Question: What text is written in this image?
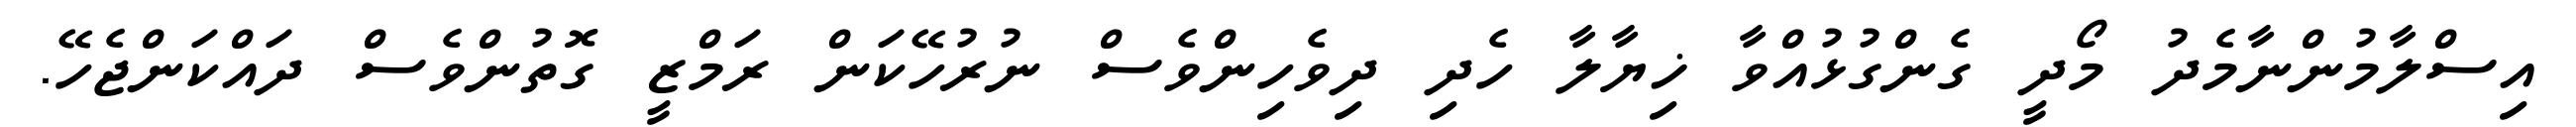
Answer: އިސްލާމުންނާމެދު މޯދީ ގެންގުޅުއްވާ ޚިޔާލާ ހެދި ދިވެހިންވެސް ނުރުހޭކަން ރަމްޒީ ގޮތުންވެސް ދައްކަންޖެހޭ.